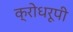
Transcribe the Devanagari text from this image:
क्रोधरूपी